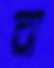
ব